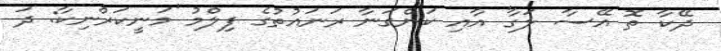
ދޭކާ ތޮ އޭސާ ލަގާ' އާއި ކަންގަނާ ރަނައުތުގެ ފިލްމު 'މަނީކަރްނިކާ: ދަ